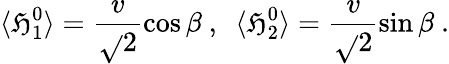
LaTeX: \langle\mathfrak{H}_{1}^{0}\rangle=\frac{{v}}{{\sqrt{}{2}}}\cos\beta~,~~\langle\mathfrak{H}_{2}^{0}\rangle=\frac{{v}}{{\sqrt{}{2}}}\sin\beta~.